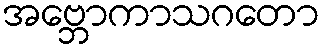
အဗ္ဘောကာသဂတော